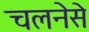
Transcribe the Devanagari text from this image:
चलनेसे